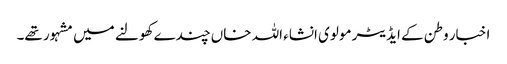
اخبار وطن کے ایڈیٹر مولوی انشاء اللہ خاں چندے کھولنے میں مشہور تھے۔